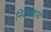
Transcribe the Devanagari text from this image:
निर्देशकांचे